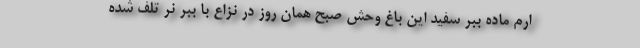
ارم ماده ببر سفید این باغ وحش صبح همان روز در نزاع با ببر نر تلف شده